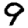
Digit: 9